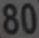
80